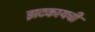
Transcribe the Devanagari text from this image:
झटकायची